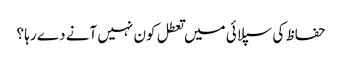
حفاظ کی سپلائی میں تعطل کون نہیں آنے دے رہا ؟